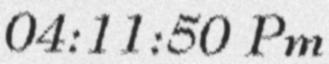
04:11:50 Pm